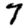
Digit: 7